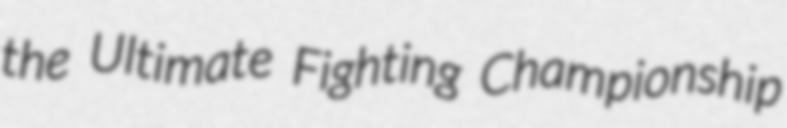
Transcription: the Ultimate Fighting Championship